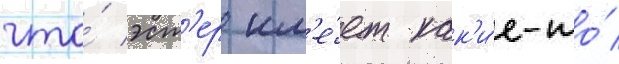
что́ эст'ер им'е́ет как'и́е-то́